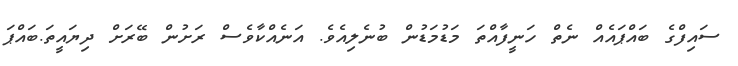
ސައިފްގެ ބައްޕައެއް ނެތް ހަނީފާއްތަ މަޑުމަޑުން ބުނެލިއެވެ. އަނެއްކާވެސް ރަށުން ބޭރަށް ދިޔައީތަ.ބައްޕަ